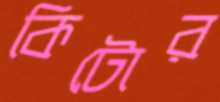
কিটোর